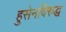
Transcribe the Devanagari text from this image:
हुसेनविरुद्ध